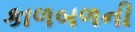
કાળબળની